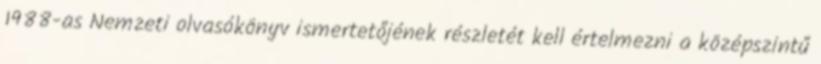
1988-as Nemzeti olvasókönyv ismertetőjének részletét kell értelmezni a középszintű